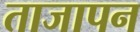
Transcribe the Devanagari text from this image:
ताजापन